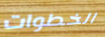
الخطوات